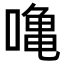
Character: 𠼓